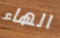
الهاء